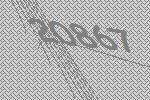
20867